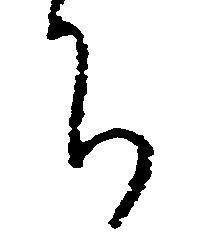
ち